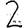
Digit: 2